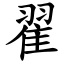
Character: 翟